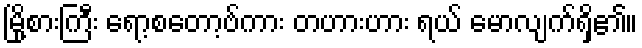
မြို့စားကြီး ရော့စတော့ဗ်ကား တဟားဟား ရယ် မောလျက်ရှိ၏။